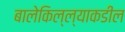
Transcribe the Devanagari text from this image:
बालेकिल्ल्याकडील